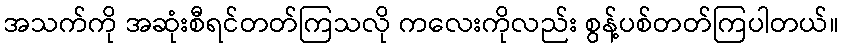
အသက်ကို အဆုံးစီရင်တတ်ကြသလို ကလေးကိုလည်း စွန့်ပစ်တတ်ကြပါတယ်။